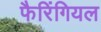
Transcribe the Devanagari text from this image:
फैरिंगियल